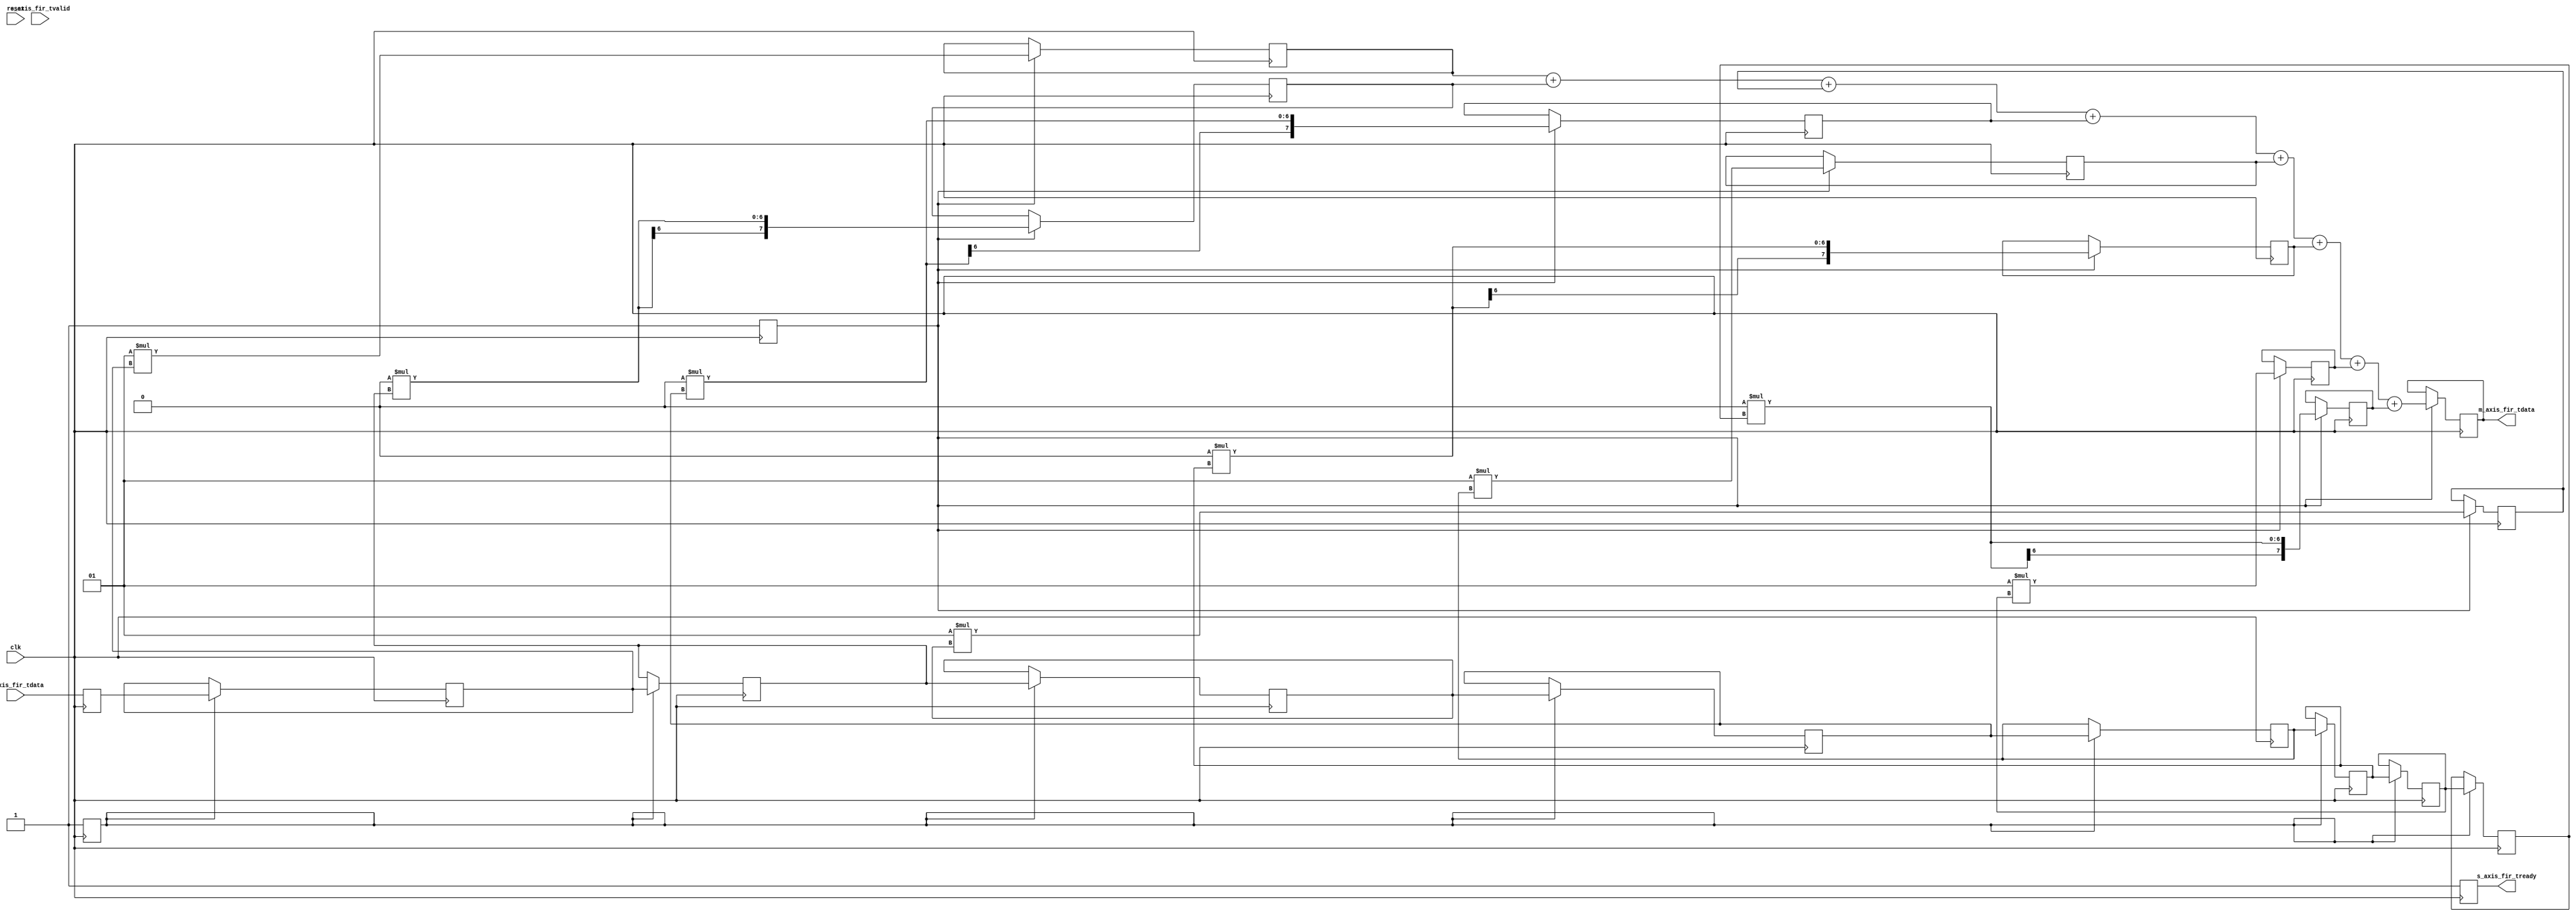
`timescale 1ns / 1ps

module FIR(
    input clk,
    input reset,
    input signed [5:0] s_axis_fir_tdata, 
    input s_axis_fir_tvalid,
    output reg s_axis_fir_tready,
    output reg signed [7:0] m_axis_fir_tdata
    );

    // 15-tap FIR 
    reg enable_fir, enable_buff;
    reg [3:0] buff_cnt;
    reg signed [5:0] in_sample; 
    reg signed [5:0] buff0, buff1, buff2, buff3, buff4, buff5, buff6, buff7; 
    wire signed [1:0] tap0, tap1, tap2, tap3, tap4, tap5, tap6, tap7; 
    reg signed [7:0] acc0, acc1, acc2, acc3, acc4, acc5, acc6, acc7; 

    
    /* Taps for LPF running @ 1MSps with a cutoff freq of 400kHz*/
    assign tap0 = 2'b01;//16'hFC9C;  // twos(-0.0265 * 32768) = 0xFC9C
    assign tap1 = 2'b00;//16'h0000;  // 0
    assign tap2 = 2'b01;//16'h05A5;  // 0.0441 * 32768 = 1445.0688 = 1445 = 0x05A5
    assign tap3 = 2'b00;//16'h0000;  // 0
    assign tap4 = 2'b01;//16'h0000;  // 0
    assign tap5 = 2'b00;//16'h0000;  // 0
    assign tap6 = 2'b01;//16'h0000;  // 0
    assign tap7 = 2'b00;//16'h0000;  // 0

    
    /* This loop sets the tvalid flag on the output of the FIR high once 
     * the circular buffer has been filled with input samples for the 
     * first time after a reset condition. */
     /*
    always @ (posedge clk or negedge reset)
        begin
            if (reset == 1'b0) //if (reset == 1'b0 || tvalid_in == 1'b0)
                begin
                    buff_cnt <= 4'd0;
                    enable_fir <= 1'b0;
                    in_sample <= 6'd0;   
                    
                    s_axis_fir_tready <= 1'b0;
                    enable_buff <= 1'b0;                
                end
            else if (s_axis_fir_tvalid == 1'b0)
                begin
                    enable_fir <= 1'b0;
                    buff_cnt <= 4'd15;
                    in_sample <= in_sample;
                end
            else if (buff_cnt == 4'd4) //changed to 4
                begin
                    buff_cnt <= 4'd0;
                    enable_fir <= 1'b1;
                    in_sample <= s_axis_fir_tdata;
                    
                    s_axis_fir_tready <= 1'b1;
                    enable_buff <= 1'b1;
                end
            else
                begin
                    buff_cnt <= buff_cnt + 1;
                    in_sample <= s_axis_fir_tdata;
                    
                    s_axis_fir_tready <= 1'b1;
                    enable_buff <= 1'b1;
                end
        end   
        */
/*
    always @ (posedge clk)
        begin
            if(reset == 1'b0 || s_axis_fir_tvalid == 1'b0)
                begin
                    s_axis_fir_tready <= 1'b0;
                    enable_buff <= 1'b0;
                end
            else
                begin
                    s_axis_fir_tready <= 1'b1;
                    enable_buff <= 1'b1;
                end
        end
  */  
    /* Circular buffer bring in a serial input sample stream that 
     * creates an array of 15 input samples for the 15 taps of the filter. */
     /*
    always @ (posedge clk)
        begin
            
        end
        */
    /* Multiply stage of FIR */
    always @ (posedge clk)
        begin
        
        	enable_buff <= 1'b1; 
        	enable_fir <= 1'b1;
        	in_sample <= s_axis_fir_tdata;
        	s_axis_fir_tready <= 1'b1;
        
        	
        
             if(enable_buff == 1'b1)
                begin
                    buff0 <= in_sample;
                    buff1 <= buff0;        
                    buff2 <= buff1;         
                    buff3 <= buff2;   
                    buff4 <= buff3; 
                    buff5 <= buff4; 
                    buff6 <= buff5; 
                    buff7 <= buff6;    
                   
                end
            else
                begin
                    buff0 <= buff0;
                    buff1 <= buff1;        
                    buff2 <= buff2;         
                    buff3 <= buff3; 
                    buff4 <= buff4;
                    buff5 <= buff5;
                    buff6 <= buff6;
                    buff7 <= buff7;     
                    
                end
        
        
        
        
        
        
            if (enable_fir == 1'b1)
                begin
                    acc0 <= tap0 * buff0;
                    acc1 <= tap1 * buff1;
                    acc2 <= tap2 * buff2;
                    acc3 <= tap3 * buff3;
                    acc4 <= tap4 * buff4;
                    acc5 <= tap5 * buff5;
                    acc6 <= tap6 * buff6;
                    acc7 <= tap7 * buff7;
                end
             
	     if (enable_fir == 1'b1)
                begin
                    m_axis_fir_tdata <= acc0 + acc1 + acc2 + acc3 + acc4 + acc5 + acc6 + acc7;
                end
        end    
        
     /* Accumulate stage of FIR */
     /*   
    always @ (posedge clk) 
        begin
            
        end   
        */  

    
    
endmodule